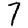
Digit: 7